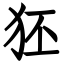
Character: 狉